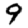
Digit: 9